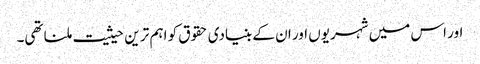
اور اس میں شہریوں اور ان کے بنیادی حقوق کو اہم تر ین حیثیت ملنا تھی۔